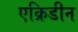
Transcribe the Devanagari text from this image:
एक्रिडीन